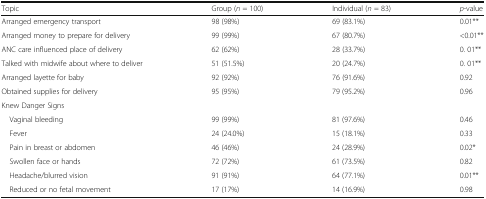
| Topic | Group (n = 100) | Individual (n = 83) | p-value |
 | --- | --- | --- | --- |
 | Arranged emergency transport | 98 (98%) | 69 (83.1%) | 0.01** |
 | Arranged money to prepare for delivery | 99 (99%) | 67 (80.7%) | <0.01** |
 | ANC care influenced place of delivery | 62 (62%) | 28 (33.7%) | 0. 01** |
 | Talked with midwife about where to deliver | 51 (51.5%) | 20 (24.7%) | 0. 01** |
 | Arranged layette for baby | 92 (92%) | 76 (91.6%) | 0.92 |
 | Obtained supplies for delivery | 95 (95%) | 79 (95.2%) | 0.96 |
 | <COLSPAN=4> Knew Danger Signs |
 | Vaginal bleeding | 99 (99%) | 81 (97.6%) | 0.46 |
 | Fever | 24 (24.0%) | 15 (18.1%) | 0.33 |
 | Pain in breast or abdomen | 46 (46%) | 24 (28.9%) | 0.02* |
 | Swollen face or hands | 72 (72%) | 61 (73.5%) | 0.82 |
 | Headache/blurred vision | 91 (91%) | 64 (77.1%) | 0.01** |
 | Reduced or no fetal movement | 17 (17%) | 14 (16.9%) | 0.98 |